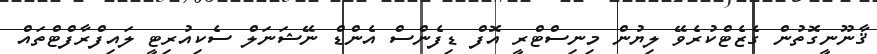
ޤާނޫނީގޮތުން ގެޒެޓްކުރެވޭ ލިޔުން މިނިސްޓްރީ އޮފް ޑިފެންސް އެންޑް ނޭޝަނަލް ސެކިއުރިޓީ ލައިފްރާފްޓްތައް